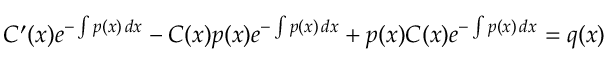
C ^ { \prime } ( x ) e ^ { - \int p ( x ) \, d x } - C ( x ) p ( x ) e ^ { - \int p ( x ) \, d x } + p ( x ) C ( x ) e ^ { - \int p ( x ) \, d x } = q ( x )